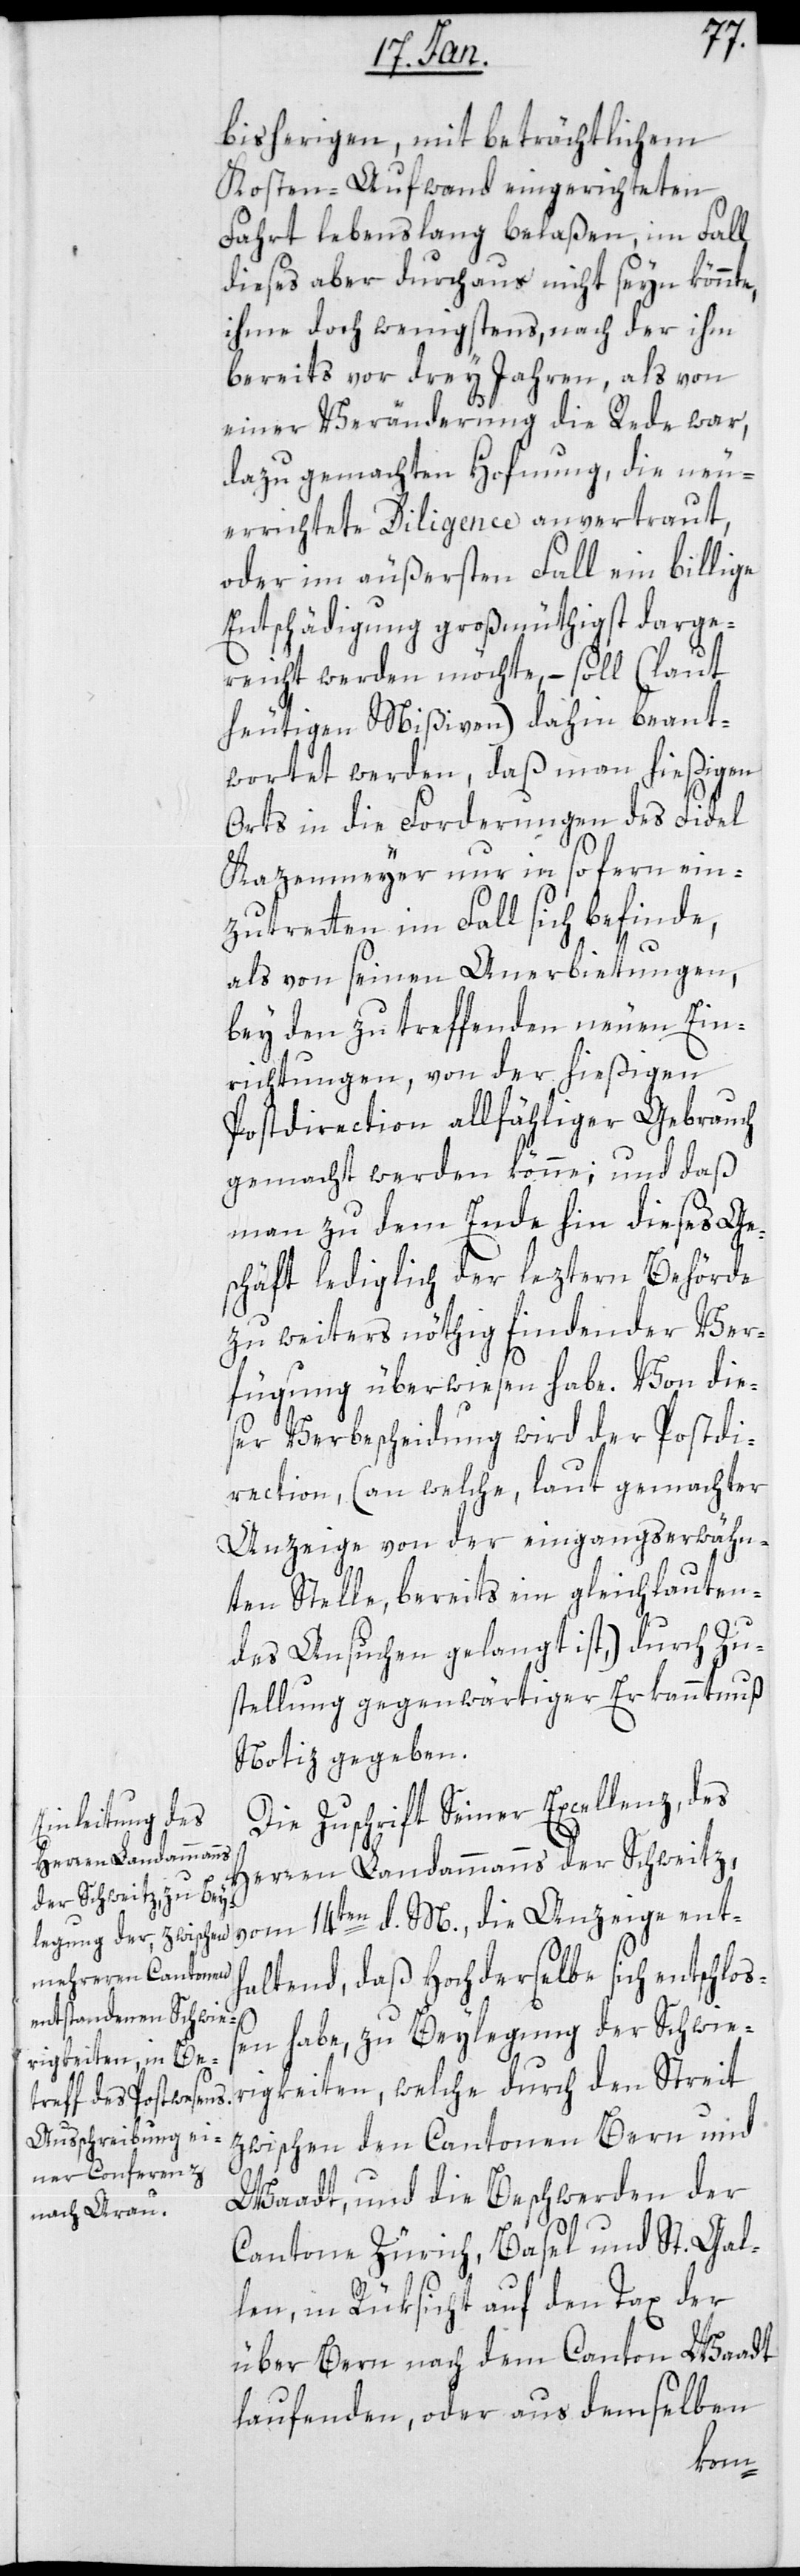
bisherigen, mit beträchtlichem
Kosten-Aufwand eingerichteten
Fahrt lebenslang belaßen, im Fall
dieses aber durchaus nicht seyn könne,
ihme doch wenigstens, nach der ihm
bereits vor drey Jahren, als von
einer Veränderung die Rede war,
dazu gemachten Hofnung, die neu¬
errichtete Diligence anvertraut,
oder im äußersten Fall ein[e] billige
Entschädigung großmüthigst darge¬
reicht werden möchte, – soll (laut
heutigen Mißiven) dahin beant¬
wortet werden, daß man hießigen
Orts in die Forderungen des Fidel
Kazenmeyer nur in sofern ein¬
zutretten im Fall sich befinde,
als von seinen Anerbietungen,
bey den zu treffenden neuen Ein¬
richtungen, von der hießigen
Postdirection allfähliger Gebrauch
gemacht werden könne; und daß
man zu dem Ende hin dieses Ge¬
schäft lediglich der leztern Behörde
zu weiters nöthig findender Ver¬
fügung überwiesen habe. Von die¬
ser Verbescheidung wird der Postdi¬
rection, (an welche, laut gemachter
Anzeige von der eingangserwähn¬
ten Stelle, bereits ein gleichlauten¬
des Ansuchen gelangt ist,) durch Zu¬
stellung gegenwärtiger Erkanntnuß
Notiz gegeben.
Die Zuschrift Seiner Excellenz, des
Herren Landammans der Schweitz,
vom 14ten d. M., die Anzeige ent¬
haltend, daß Hochderselbe sich entschloß¬
en habe, zu Beylegung der Schwie¬
rigkeiten, welche durch den Streit
zwischen den Cantonen Bern und
Waadt, und die Beschwerden der
Cantone Zürich, Basel und St. Gal¬
len, in Rüksicht auf den Tax der
über Bern nach dem Canton Waadt
laufenden, oder aus demselben